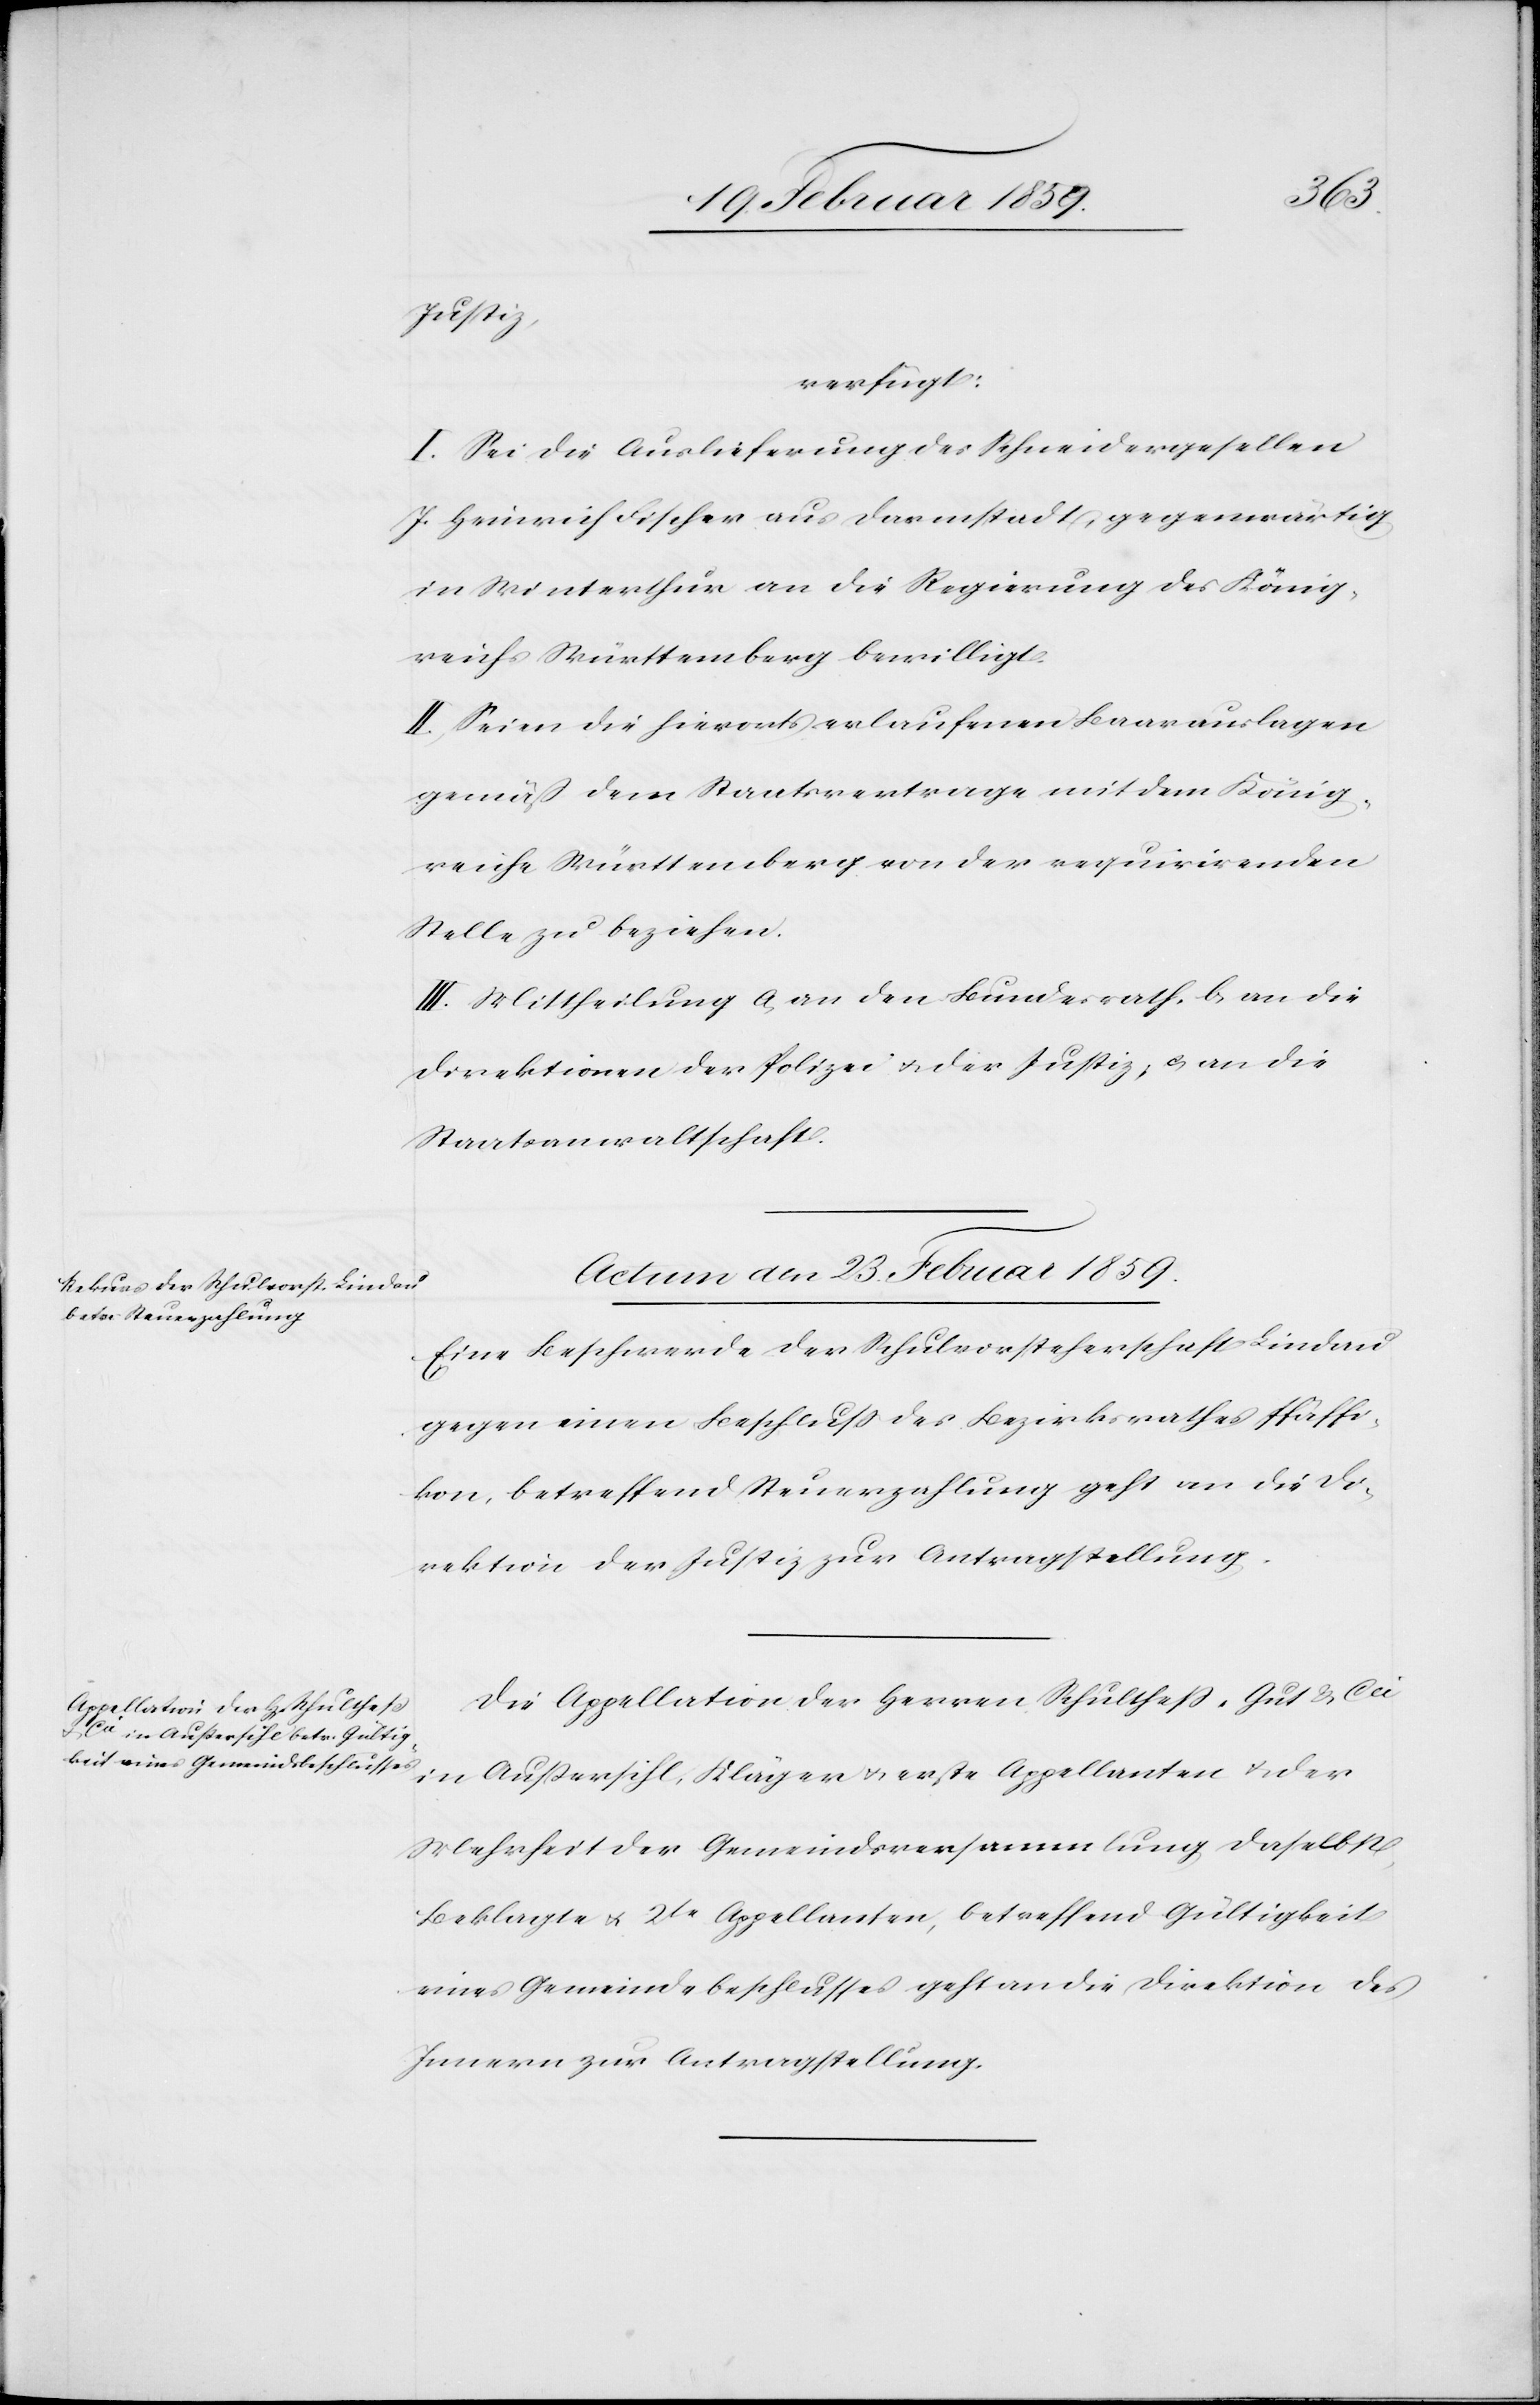
Justiz,
verfügt:
I. Sei die Auslieferung des Schneidergesellen
J. Heinrich Fischer aus Darmstadt, gegenwärtig
in Winterthur an die Regierung des König¬
reichs Württemberg bewilligt.
II. Seien die hierorts erlaufenen Baarauslagen
gemäß dem Staatsvertrage mit dem König¬
reiche Württemberg von der requirirenden
Stelle zu beziehen.
III. Mittheilung a, an den Bundesrath, b, an die
Direktion der Polizei u. der Justiz, c, an die
Staatsanwaltschaft.
Actum den 23. Februar 1859.]
Eine Beschwerde der Schulvorsteherschaft Lindau
gegen einen Beschluß des Bezirksrathes Pfäffi¬
kon, betreffend Steuerzahlung geht an die Di¬
rektion der Justiz zur Antragstellung.
Die Appellation der Herren Schultheß, Gut & Cie
in Außersihl, Kläger u. erste Appellanten u. der
Mehrheit der Gemeindeversammlung daselbst,
Beklagte u. 2te Appellanten, betreffend Gültigkeit
eines Gemeindebeschlusses geht an die Direktion des
Innern zur Antragstellung.